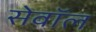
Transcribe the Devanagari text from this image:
सेवॉल